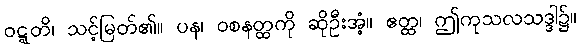
ဝဋ္ဋတိ၊ သင့်မြတ်၏။ ပန၊ ဝစနတ္ထကို ဆိုဦးအံ့။ ဧတ္ထ၊ ဤကုသလသဒ္ဒါ၌။